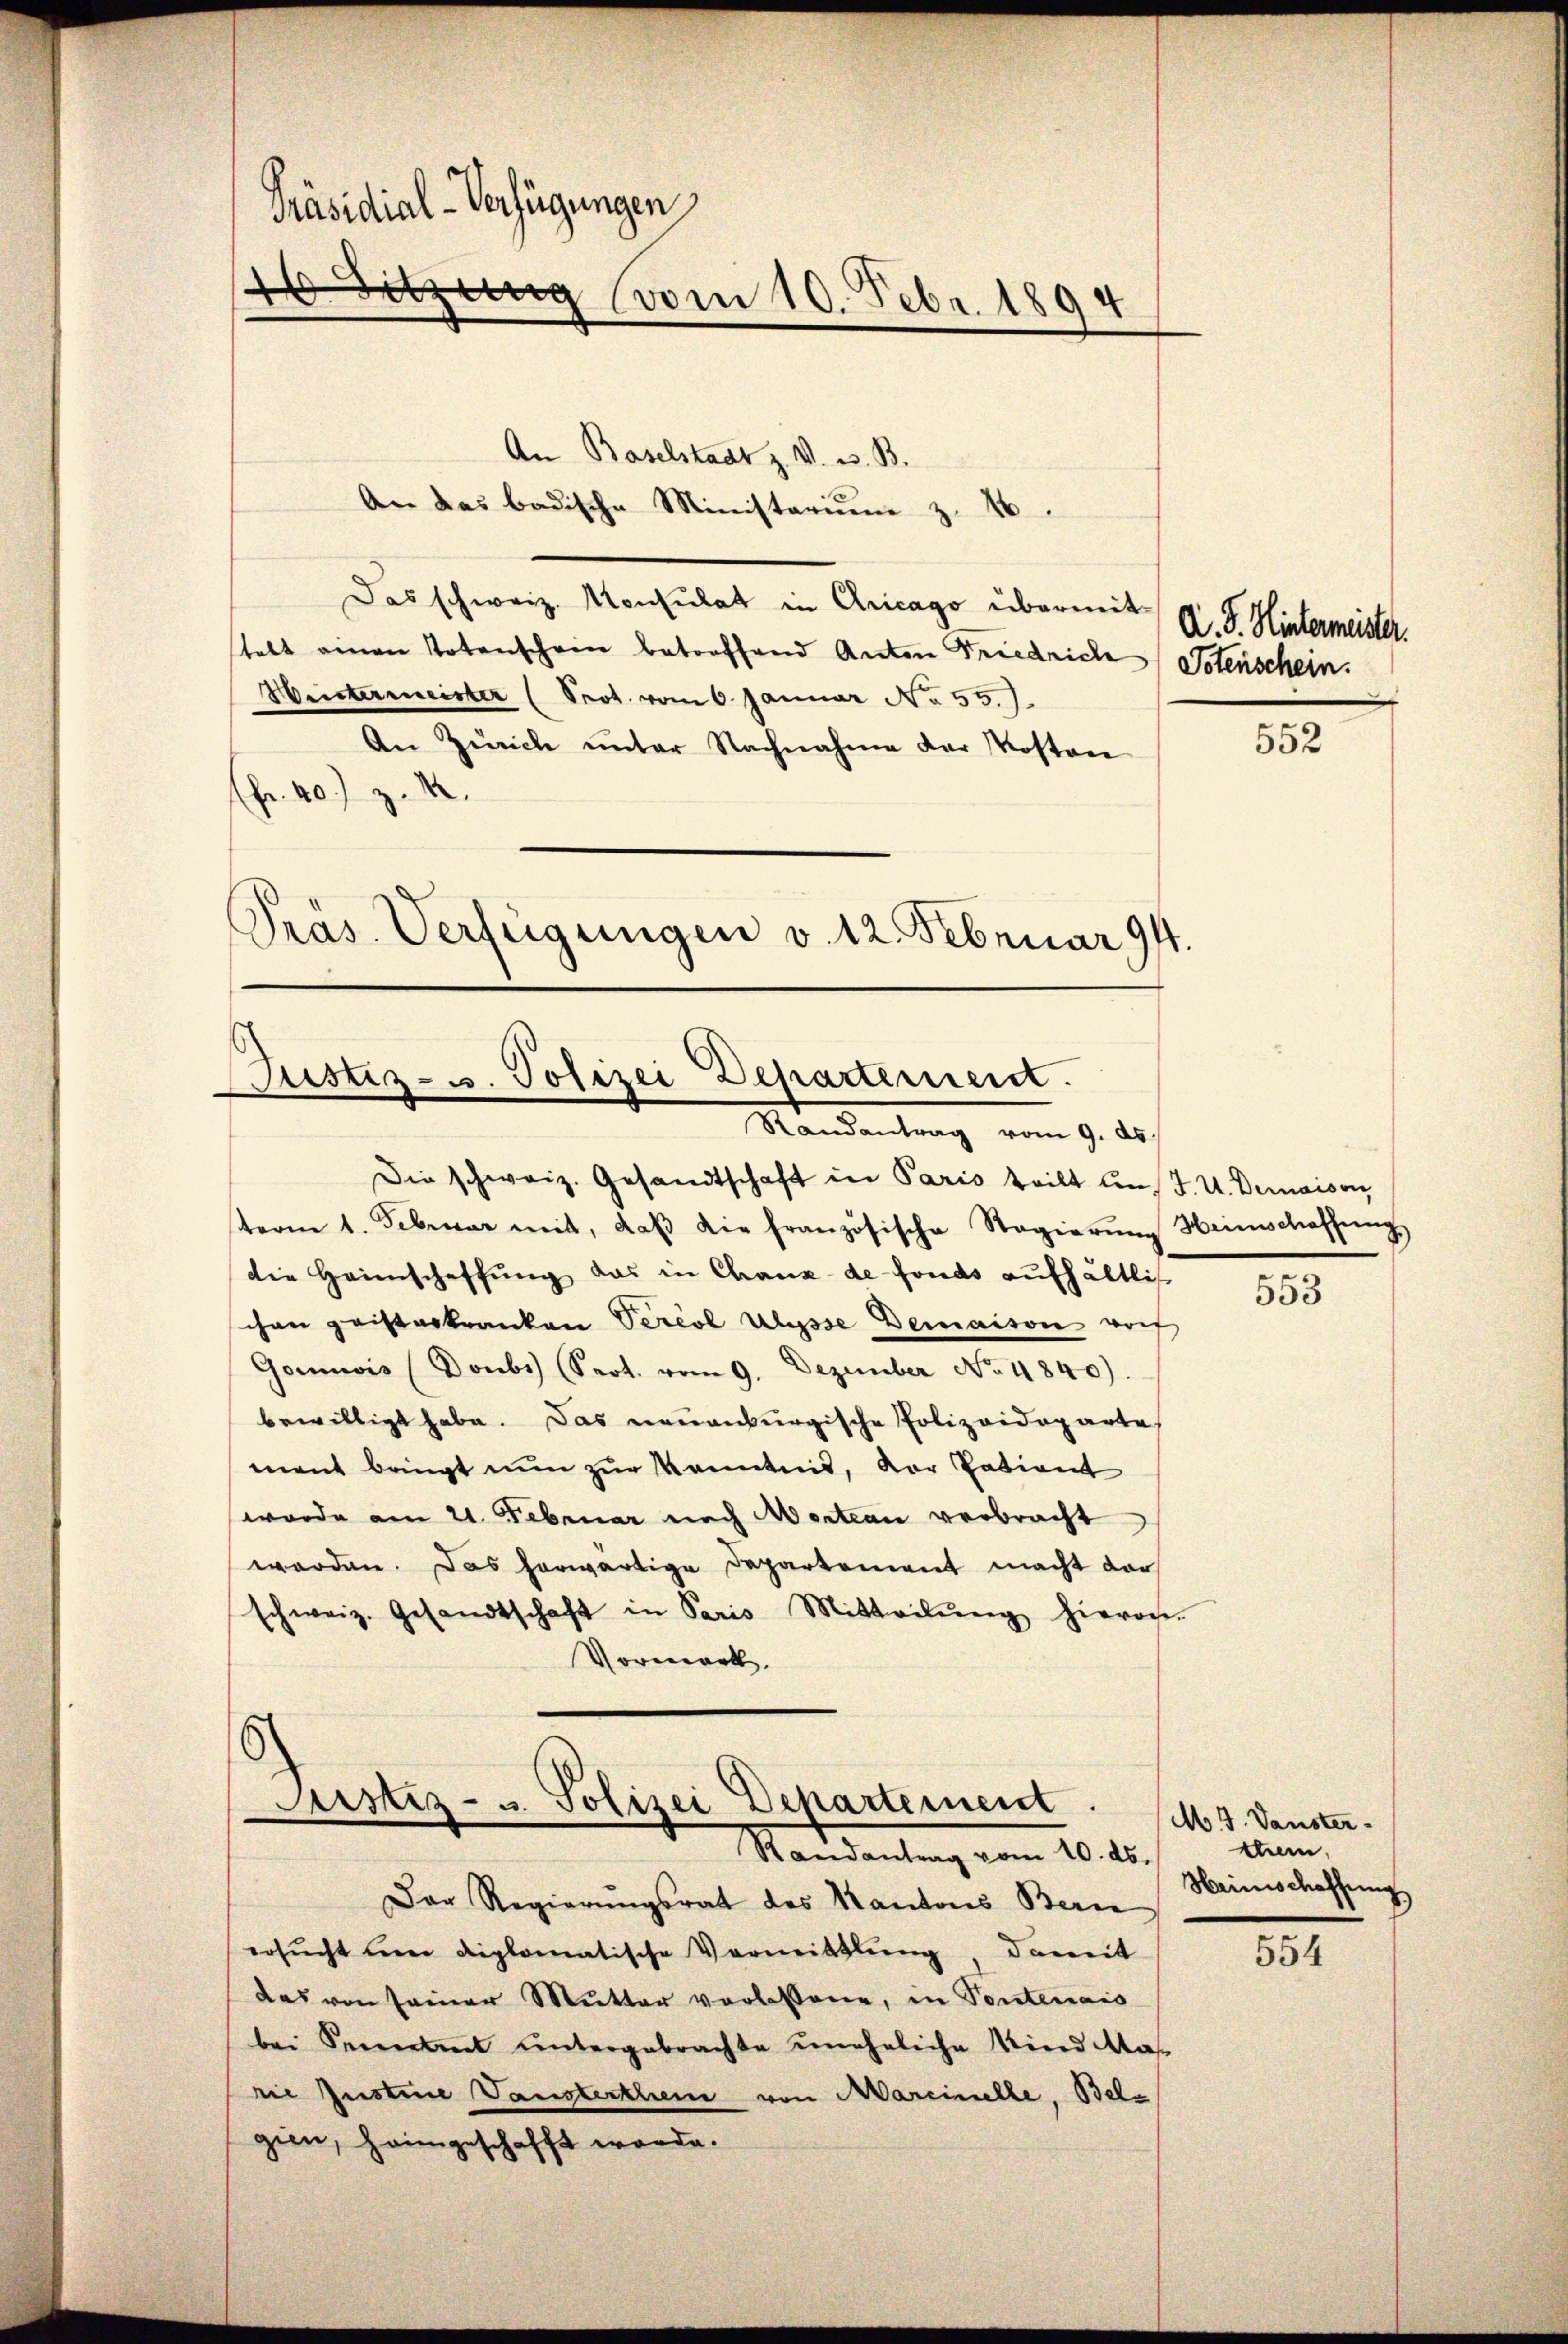
Präsidial-Verfügungen
 Sitzung vom 10. Febr. 1891
.

An Baselstadt z. V. W. B.
An das badische Ministariŭm z. 16.
Das schweiz. Konsulat in Aricago übermit A. F. Hintermeister.
stalt einen Totenschein betroffend Anton Friedriche Totenschein.
Wintermeister (Prot. vom 6. Januar No 55.)
An Zürich unter Nachnahme der Kosten
fr. 40. Z. M.
Pras. Verfügungen v. 12. Februar 94.

Justiz- u. Polizei Departement.
Mandantung vom 9. ds.

Die schweiz. Gesandtschaft in Paris teilt uns J. U. Deraison
sterne 1. Februar mit, daβ die französische Stagierŭng Heimschaffŭng
die Heimschaffŭng das in Chaux-de-Fonds aufhältlich
chen geisteskranken Percol Ulysse Demaison weif
Gormwis (Doubs (Sept. vom 9. Dezember No 4840)
bewilligt habe. Das neuenburgische Polizeideparte
mant bringt nun zur Kenntnis, vor Patient
wurde am 21. Februar nach Martian verbracht
worden. Das herwärtige Departement macht dar
schweiz. Gesandtschaft in Paris Mitteilŭng hierochen
Vormerk.

Justiz- u. Polizei Departement
Randantrag vom 10. ds.

Der Regierungsrat des Kantons Bern
ersŭcht und diplomatische Vermittlung, damit
das von seiner Mutter vorlassene, in Sontenais
bei Sennamt untergebrachte uneheliche Kind Mas
rie Instine Vausterthen von Marielle, Bele
gien, heimgeschafft werde.

552

.

553

M. J. Vanster
ttern.
Heimschaffung

554